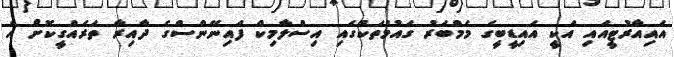
އަައިއާރުޓީއައި އަކީ އައިޑީބީގެ މެމްބަރު ގައުމުތަކުގައި އިސްލާމިކް ފައިނޭންސްގެ ދާއިރާ ތަރައްގީކޮށް އެ